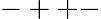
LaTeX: -++-